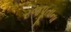
રજપૂતાના